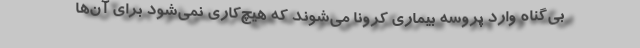
بی‌گناه وارد پروسه بیماری کرونا می‌شوند که هیچ‌کاری نمی‌شود برای آن‌ها